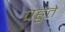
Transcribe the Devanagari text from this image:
पहुंते